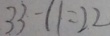
3 3 - 1 1 = 2 2